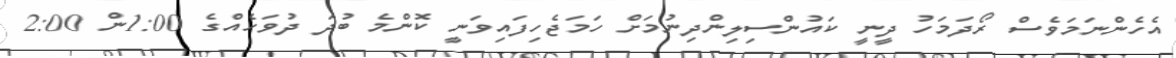
އެހެންނަމަވެސް ރޯދަމަހު ދީނީ ކައުންސިލިންދިނުމަށް ހަމަޖެހިފައިވަނީ ކޮންމެ ބުދަ ދުވަހެއްގެ 1:00ން 2:00